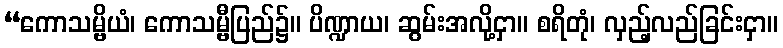
“ကောသမ္ဗိယံ၊ ကောသမ္ဗီပြည်၌။ ပိဏ္ဍာယ၊ ဆွမ်းအလို့ငှာ။ စရိတုံ၊ လှည့်လည်ခြင်းငှာ။